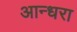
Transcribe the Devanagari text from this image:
आन्धरा